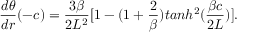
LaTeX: { \frac { d \theta } { d r } } ( - c ) = { \frac { 3 \beta } { 2 L ^ { 2 } } } [ 1 - ( 1 + { \frac { 2 } { \beta } } ) t a n h ^ { 2 } ( { \frac { \beta c } { 2 L } } ) ] .